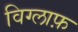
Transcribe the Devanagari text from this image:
विग्लाफ़